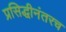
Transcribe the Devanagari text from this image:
प्रसिद्धीनंतरच